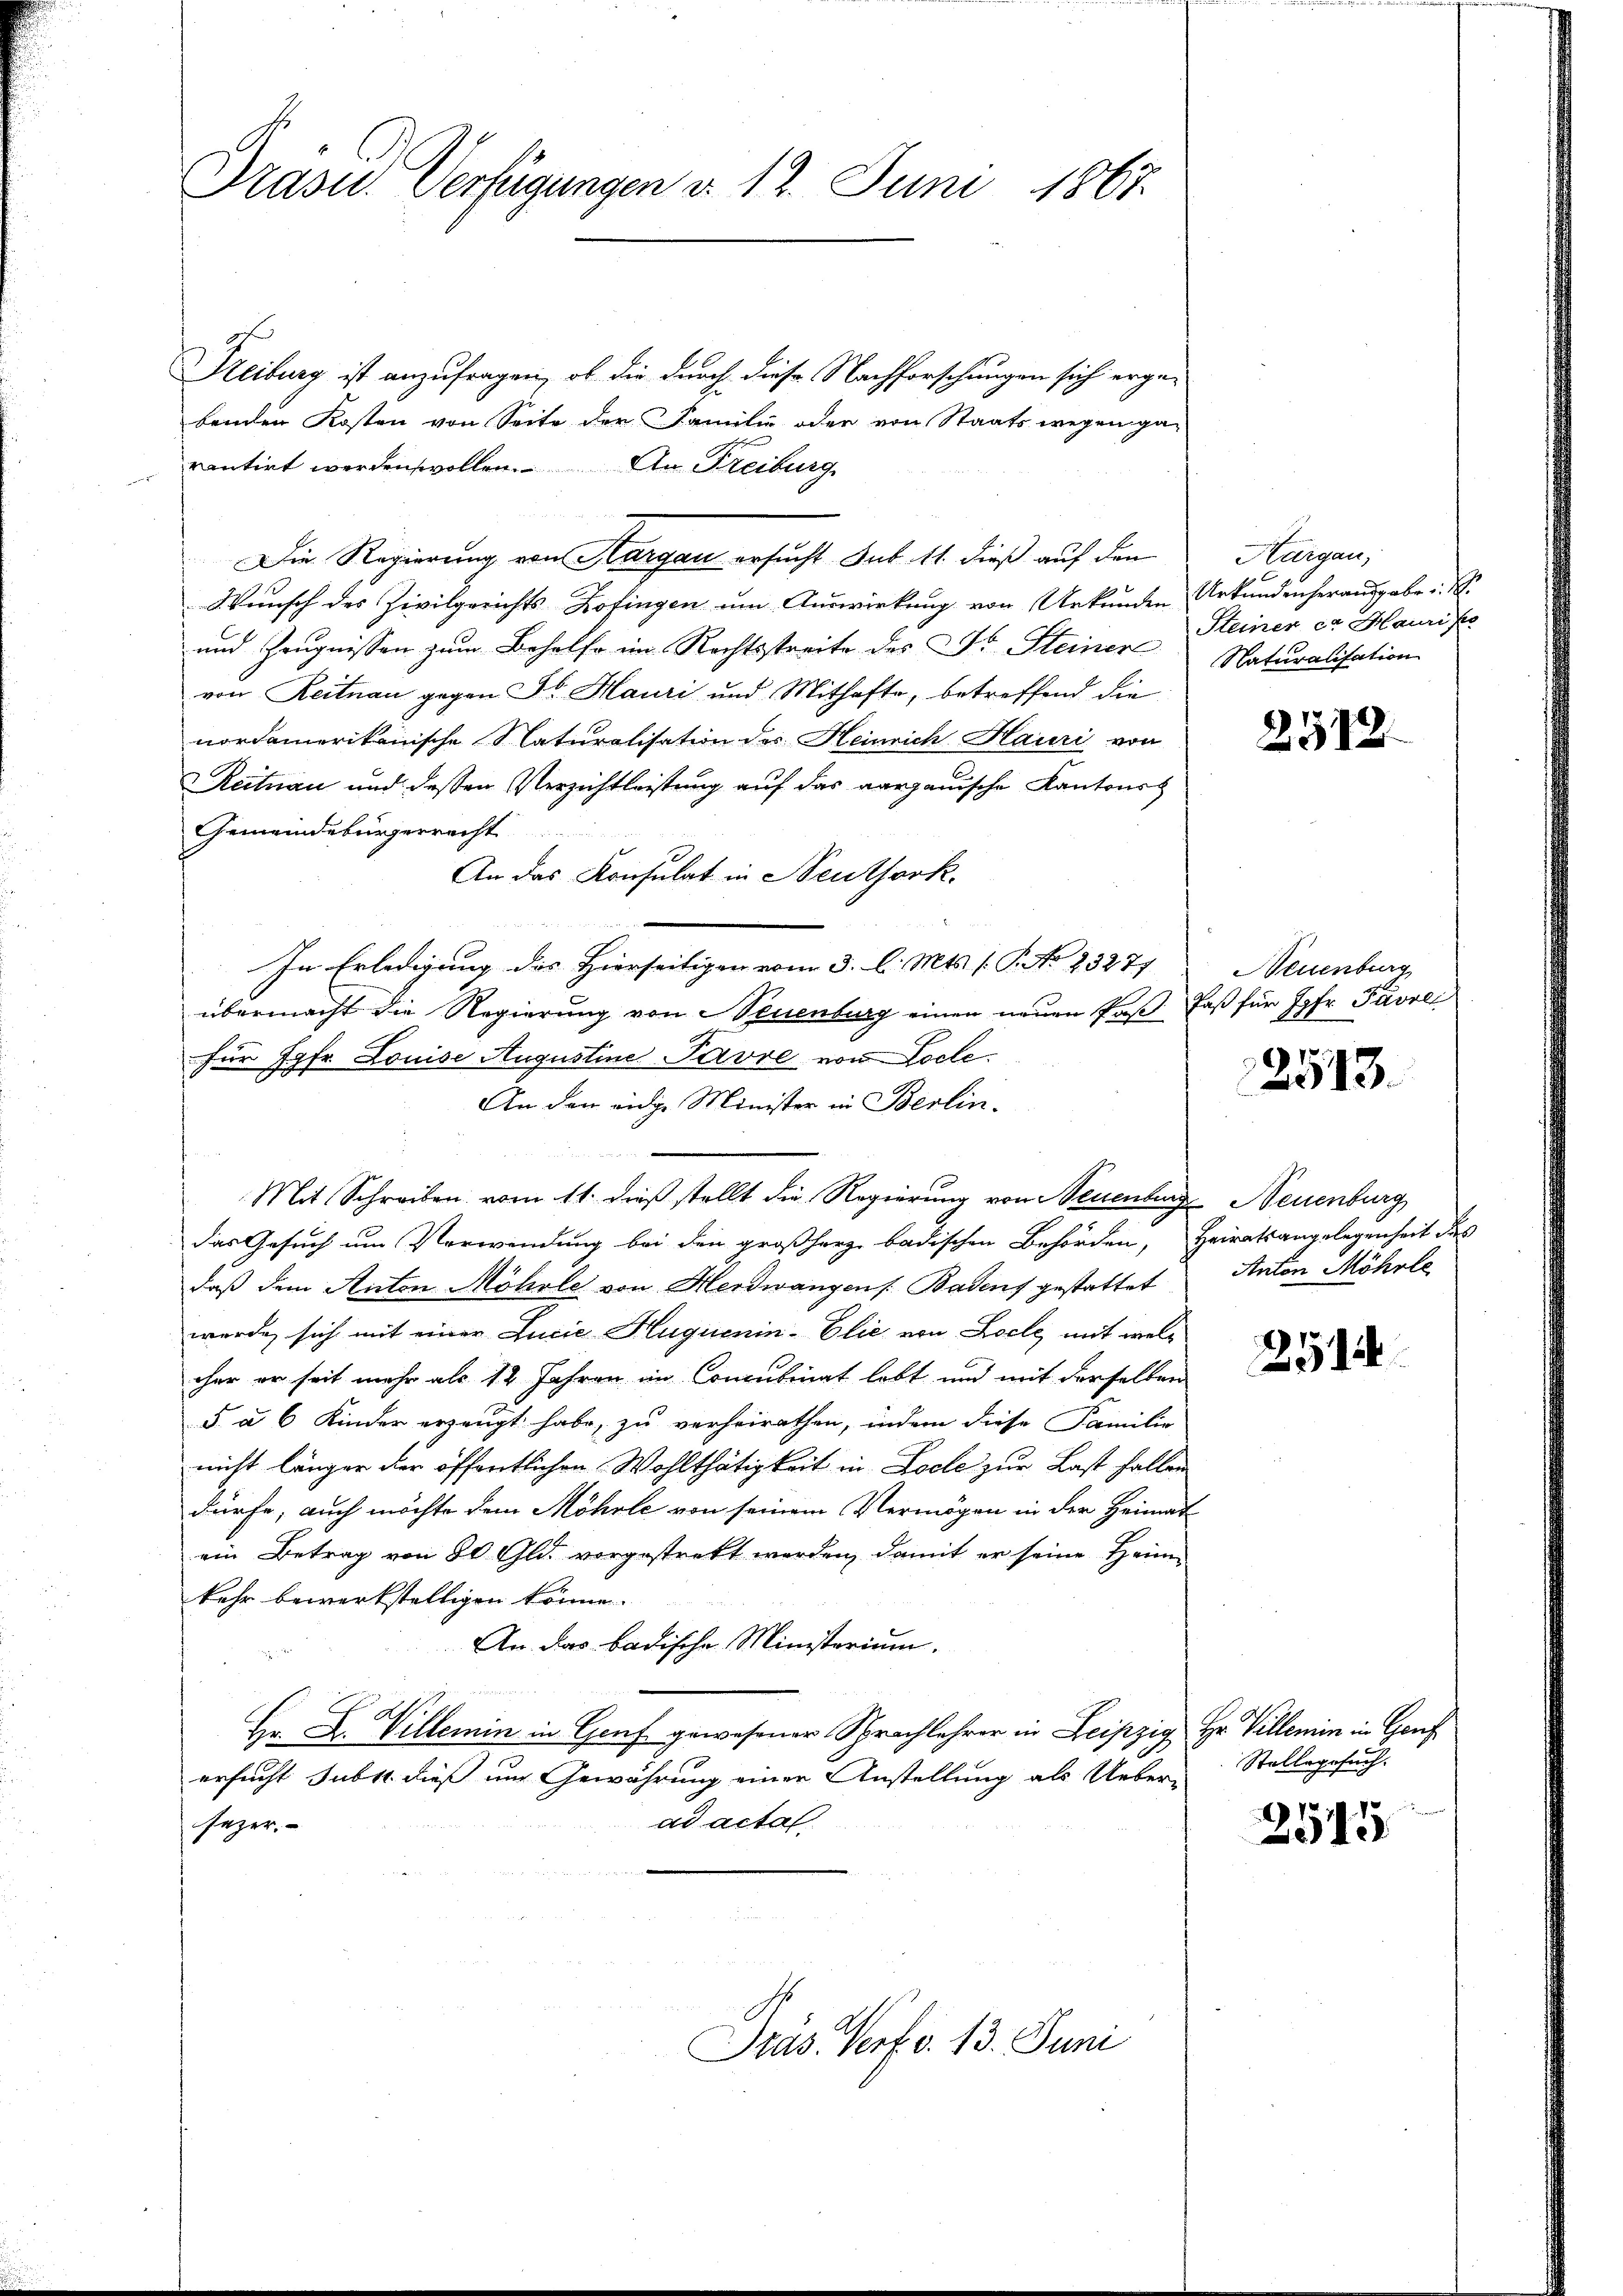
Präsid.. Verfügungen d. 12. Juni 1867.

Reiburg ist anzufragen, ob die durch diese Nachforschungen sich ergebenden Kosten von Seite der Familie oder von Staatswegen ga-
rantirt werden wollen. An Freiburg,
Die Regierung von Aargau ersucht sub. 11. dieß auf den

Wunsch des Zivilgerichts-Zofingen um Auswirkung von Urkunden Urkundenherausgabe
und Zeugnissen zum Behelfe im Rechtsstreite des Dr Steiner
von Reitnau gegen Jb. Hauri und Mithafte, betreffend die
nordamerikanische Naturalisation des Heinrich Hauri von
Reitnau und deßen Verzichtleistung auf das aargauische Kantons
Gemeindebürgerrecht
An das Konsulat in Neuthork.
In Erledigung des Hierseitigen vom 3. l. Mts. P. No 23277
übermacht die Regierung von Neuenburg einen neuen Paß Faß für Jgfr. Pavre
für Jgfr. Louise Augustine Pavre von Locle
An den eidge Minister in Berlin-
Mit Schreiben vom 11. dieß stellt die Regierung von Neuenburg Neuenburg
das Gesuch um Verwendung bei den großherze badischen Behörden, Heiratsangelegenheit des
daß dem Anton Möhrle von Herdwangen Badens gestattet
wurde sich mit einer Lucie Huquenin-Elie von Loche mit welcher er seit mehr als 12 Jahren im Concubinat lebt und mit derselben
5 à 6 Kinder erzeugt habe, zu verheirathen, indem diese Familie
nicht länger der öffentlichen Wohlthätigkeit in Loche zur Last fallen
dürfe, auch möchte dem Möhrle von seinem Vermögen in der Heimat
ein Betrag von 80 Gld. vorgestrekt worden, damit er seine Heim-
kehr bewerkstelligen könne.
An das badische Ministerium.
Hr Dr. Villemin in Genf gewesener Sprachlehrer in Leipzig Hr. Villemin in Genf
ersucht subst dieß aus Gewährung einer Anstellung als Ueberad actal
sezer.

Pras. Verf. v. 13. Juni

Hargau,
Steiner ca Hauris
Naturalisation

2512

Neuenburg

2513.

Anton Möhrle

2514

Stellegesuch.

2543